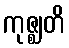
ကုဇ္ဈတိ